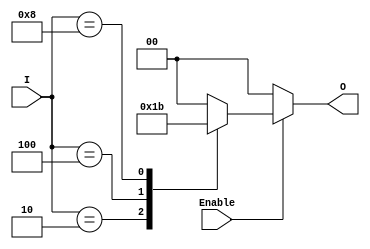
module binary_encoder (
    input wire [3:0] I,    // 4 input lines
    input wire Enable,      // Enable signal
    output reg [1:0] O     // 2 output lines
);

// Always block to implement the encoder functionality
always @(*) begin
    // Check if the Enable signal is low
    if (!Enable) begin
        O = 2'b00; // Define output as 00 when disabled
    end else begin
        // Encoder logic: check each input line
        case (I)
            4'b0001: O = 2'b00; // I0 is active
            4'b0010: O = 2'b01; // I1 is active
            4'b0100: O = 2'b10; // I2 is active
            4'b1000: O = 2'b11; // I3 is active
            default: O = 2'b00; // Default case for invalid input
        endcase
    end
end

endmodule